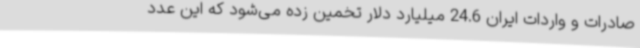
صادرات و واردات ایران 24.6 میلیارد دلار تخمین زده می‌شود که این عدد